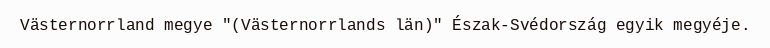
Västernorrland megye "(Västernorrlands län)" Észak-Svédország egyik megyéje.